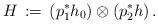
LaTeX: \begin{align*}H\, :=\, (p^*_1 h_0)\otimes (p^*_2h)\, .\end{align*}